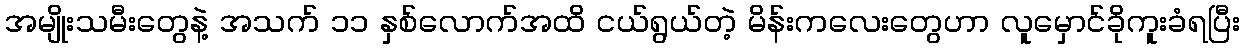
အမျိုးသမီးတွေနဲ့ အသက် ၁၁ နှစ်လောက်အထိ ငယ်ရွယ်တဲ့ မိန်းကလေးတွေဟာ လူမှောင်ခိုကူးခံရပြီး